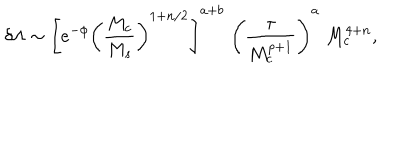
\delta \Lambda \sim \left[ e ^ { - \phi } \left( { \frac { M _ { c } } { M _ { s } } } \right) ^ { 1 + n / 2 } \right] ^ { a + b } \; \left( { \frac { \tau } { M _ { c } ^ { p + 1 } } } \right) ^ { a } \; M _ { c } ^ { 4 + n } ,